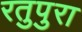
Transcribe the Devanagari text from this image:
रतुपुरा